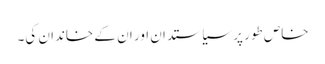
خاص طور پر سیاستدان اور ان کے خاندان کی۔